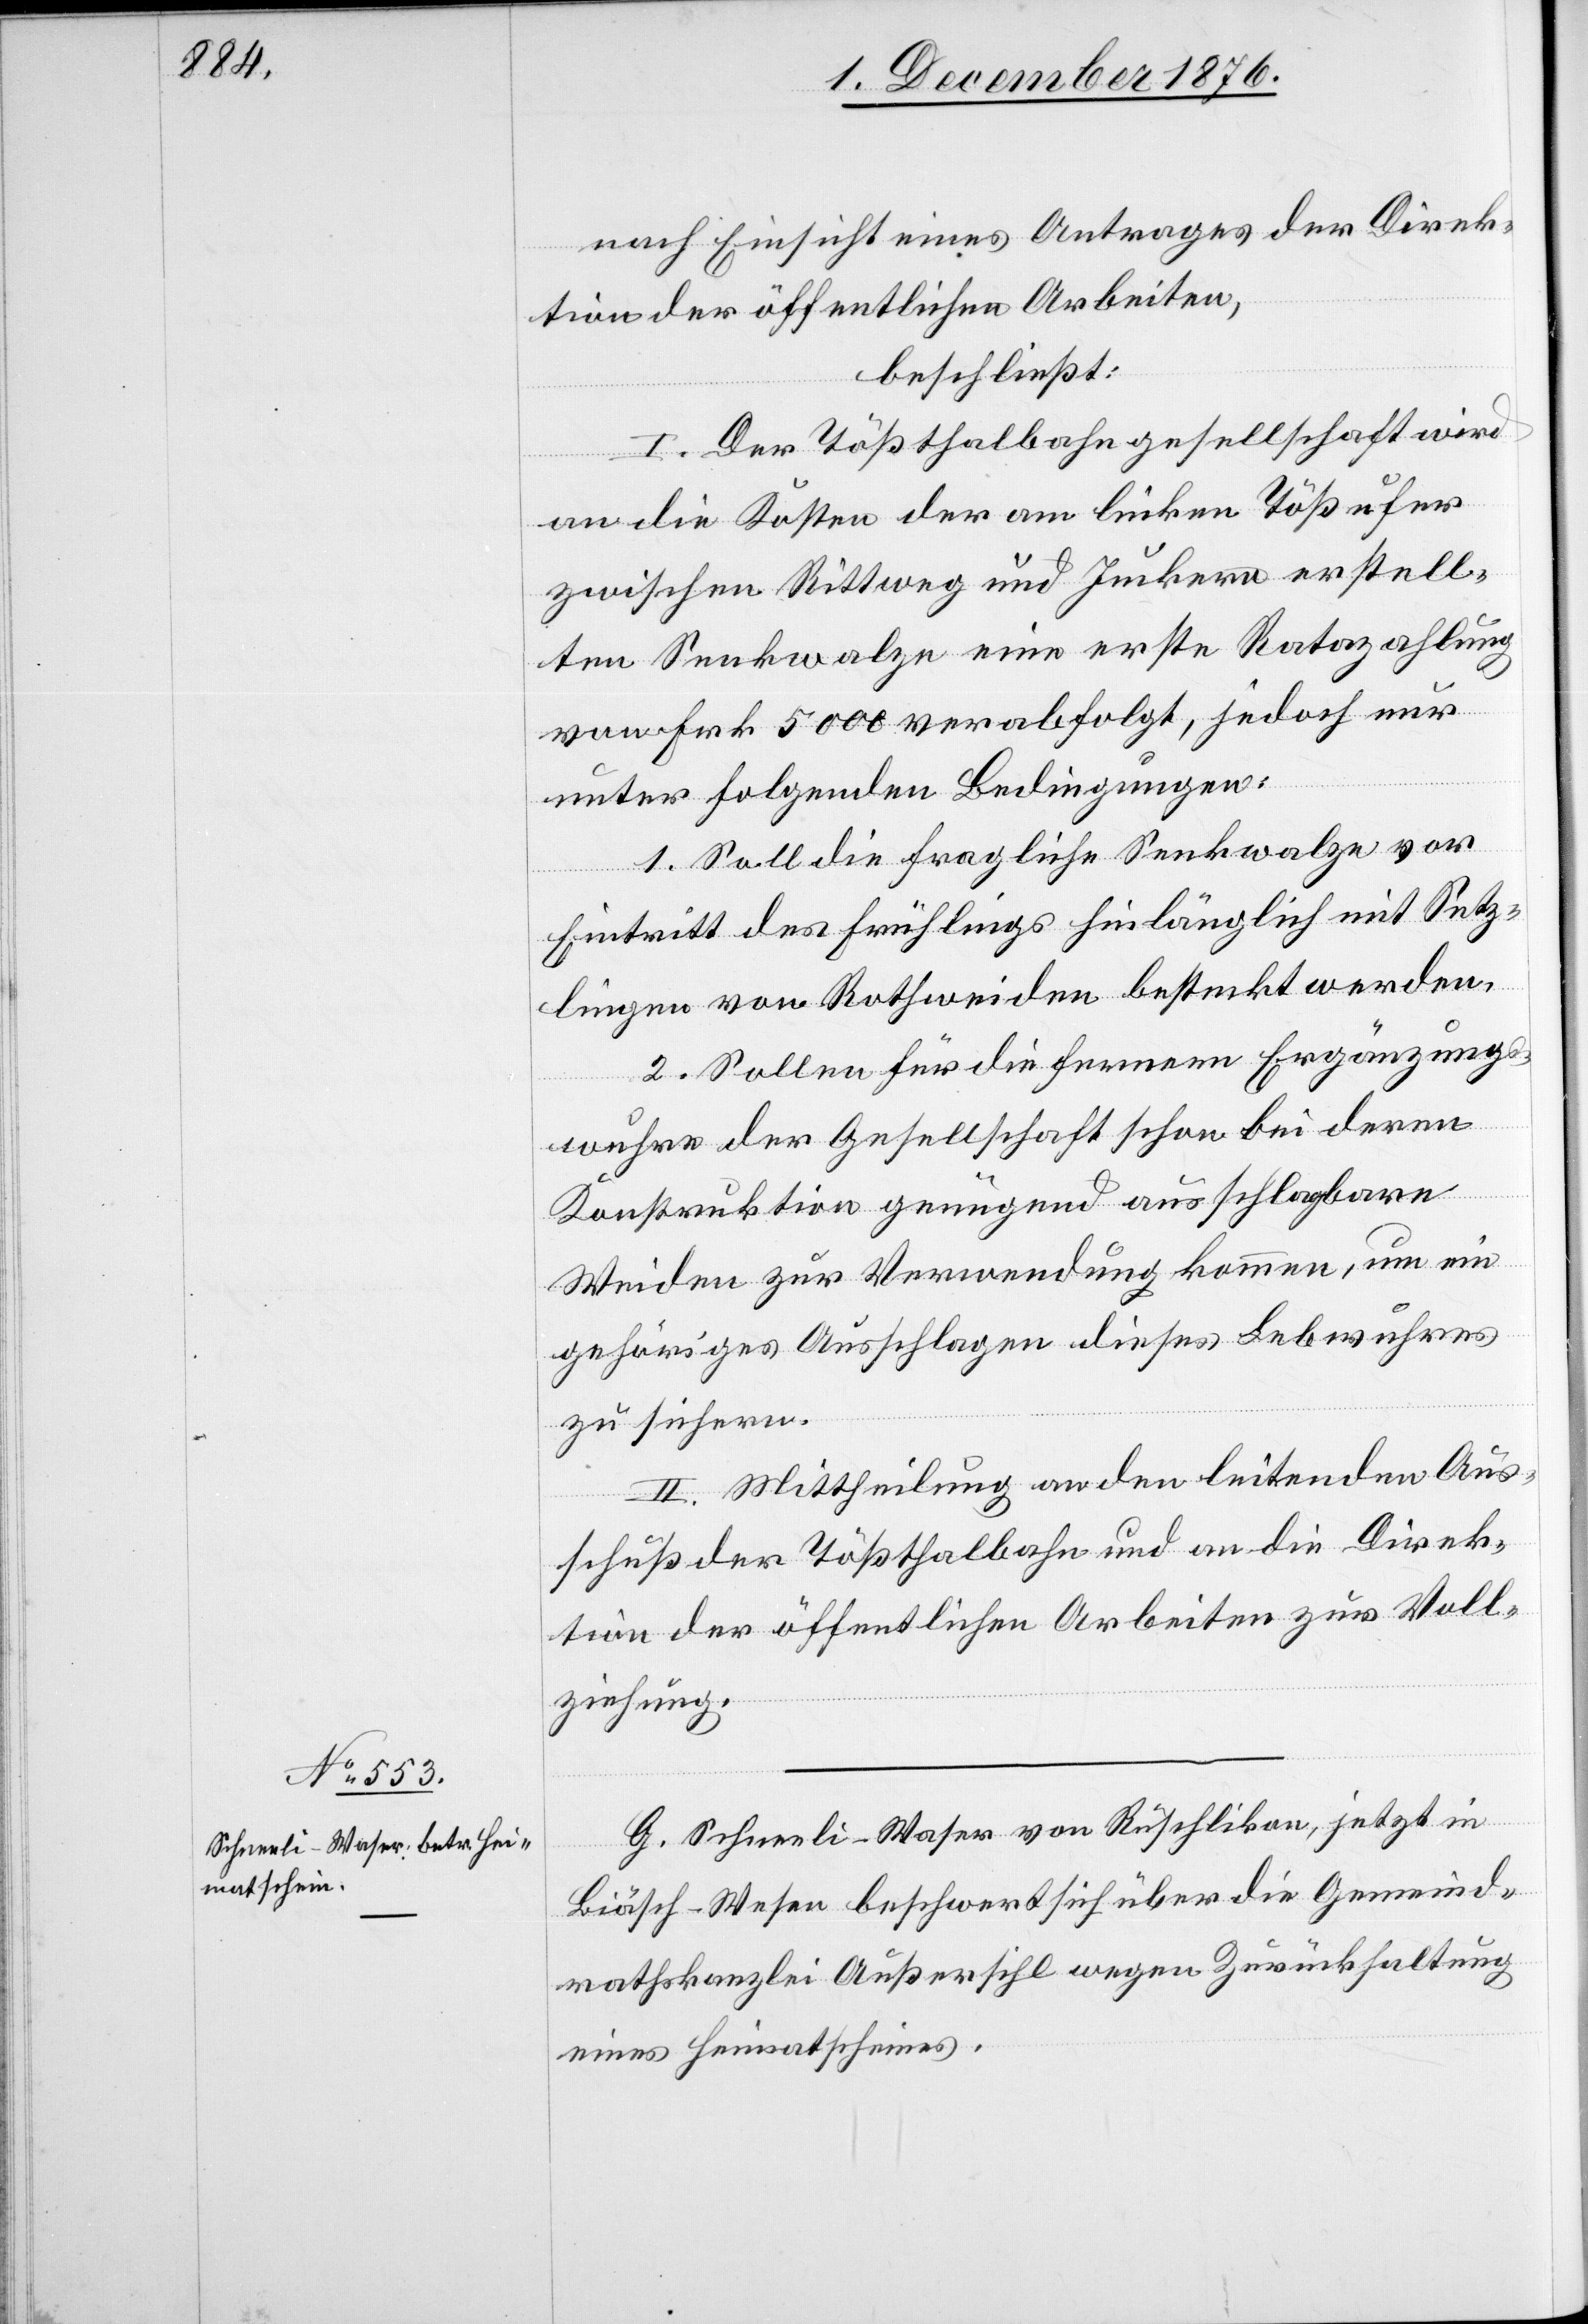
7. Dezember 1876.]
nach Einsicht eines Antrages der Direk¬
tion der öffentlichen Arbeiten,
beschließt:
I. Der Tößthalbahngesellschaft wird
an die Kosten der am linken Tößufer
zwischen Rittweg und Juckern erstell¬
ten Senkwalze eine erste Ratazahlung
von Frk. 5000 verabfolgt, jedoch nur
unter folgenden Bedingungen:
1. Soll die fragliche Senkwalze vor
Eintritt des Frühlings hinlänglich mit Setz¬
lingen von Rothweiden besteckt werden.
2. Sollen für die fernern Ergänzungs¬
wuhre der Gesellschaft schon bei deren
Konstruktion genügend ausschlagbare
Weiden zur Verwendung kommen, um ein
gehöriges Ausschlagen dieses Lebwuhres
zu sichern.
II. Mittheilung an den leitenden Aus¬
schuß der Tößthalbahn und an die Direk¬
tion der öffentlichen Arbeiten zur Voll¬
ziehung.
G. Schneeli-Waser von Rüschlikon, jetzt in
Biäsch-Wesen beschwert sich über die Gemeind¬
rathskanzlei Außersihl wegen Zurückhaltung
eines Heimatscheines.